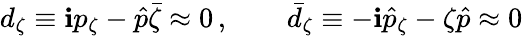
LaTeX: d_{\zeta}\equiv\mathbf{i}p_{\zeta}-\hat{{p}}\bar{{\zeta}}\approx0\, ,\qquad\bar{{d}}_{\zeta}\equiv-\mathbf{i}\hat{{p}}_{\zeta}-\zeta\hat{{p}}\approx0